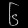
Digit: ၆